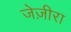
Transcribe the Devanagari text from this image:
जेज़ीरा